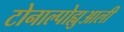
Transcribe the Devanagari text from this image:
टोनाल्पोह्युआली